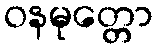
ဝနမုတ္တော